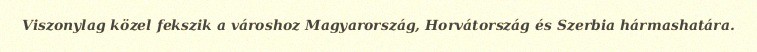
Viszonylag közel fekszik a városhoz Magyarország, Horvátország és Szerbia hármashatára.